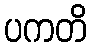
ပကတိ